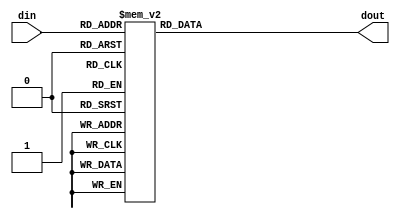
`timescale 1ns/100ps

module sevenseg(din, dout);

    input [3:0] din;
    output reg [6:0] dout;

    always @ (*) begin
        case (din)
            0: dout = 7'b1000000;
            1: dout = 7'b1111001;
            2: dout = 7'b0100100;
            3: dout = 7'b0110000;
            4: dout = 7'b0011001;
            5: dout = 7'b0010010;
            6: dout = 7'b0000010;
            7: dout = 7'b1111000;
            8: dout = 7'b0000000;
            9: dout = 7'b0010000;
            default: dout = 7'b1111111;
        endcase
    end

endmodule